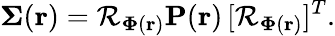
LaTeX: \mathbf{\Sigma}(\mathbf{r})=\mathcal{R}_{\mathbf{\Phi}(\mathbf{r})}\mathbf{P}(\mathbf{r})\, [\mathcal{R}_{\mathbf{\Phi}(\mathbf{r})}]^{T}.